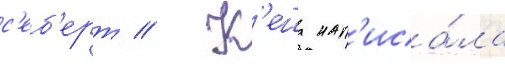
с'еб'ерт // К'еша нап'иса́ла